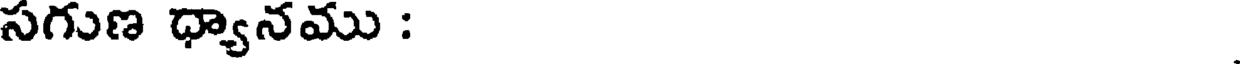
సగుణ ధ్యానము :